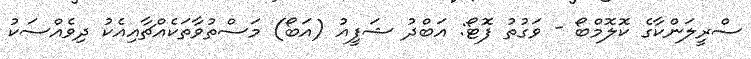
ސްރީލަންކާގެ ކޮލޮމްބޯ - ވަގުތު ފޮޓޯ: އަބްދު ޝަފީއު (އަބޯ) މަސްތުވާތަކެއްޗާއިއެކު ދިވެއްސަކު